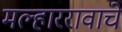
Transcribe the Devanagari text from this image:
मल्हाररावाचे